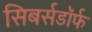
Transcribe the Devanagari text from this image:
सिबर्सडॉर्फ